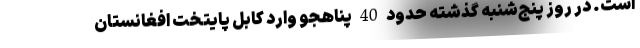
است. در روز پنج‌شنبه گذشته حدود 40 پناهجو وارد کابل پایتخت افغانستان